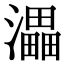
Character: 㵽